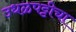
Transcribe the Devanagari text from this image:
उधळपट्टीचा